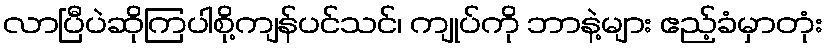
လာပြီပဲဆိုကြပါစို့ကျန်ပင်သင်၊ ကျုပ်ကို ဘာနဲ့များ ဧည့်ခံမှာတုံး